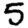
Digit: 5